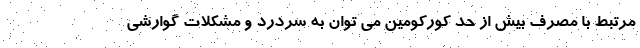
مرتبط با مصرف بیش از حد کورکومین می توان به سردرد و مشکلات گوارشی